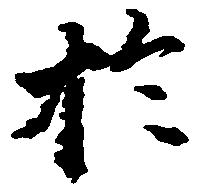
於